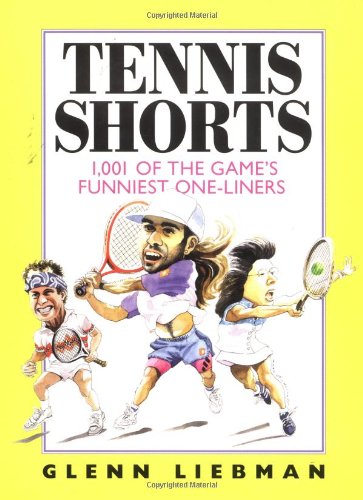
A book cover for Tennis Shorts; Glenn Liebman; Sports & Outdoors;